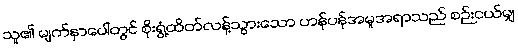
သူ၏ မျက်နှာပေါ်တွင် စိုးရွံ့ထိတ်လန့်သွားသော ဟန်ပန်အမူအရာသည် စဉ်းငယ်မျှ